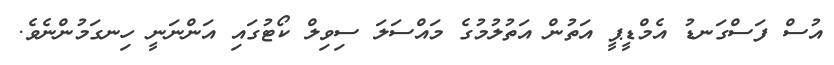
އުސް ފަސްގަނޑު އެމްޑީޕީ އަތުން އަތުލުމުގެ މައްސަލަ ސިވިލް ކޯޓުގައި އަންނަނީ ހިނގަމުންނެވެ.